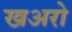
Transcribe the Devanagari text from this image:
खअरो